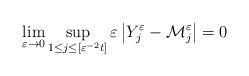
LaTeX: \begin{align*}\lim_{\varepsilon \rightarrow 0}\sup_{1\leq j\leq \left[ \varepsilon ^{-2}t\right] }\varepsilon \left\vert Y_{j}^{\varepsilon }-\mathcal{M}_{j}^{\varepsilon }\right\vert =0 \end{align*}